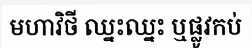
មហាវិថី ឈ្នះឈ្នះ ឬផ្លូវកប់